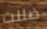
ضللت